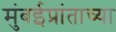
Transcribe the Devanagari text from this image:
मुंबईप्रांताच्या